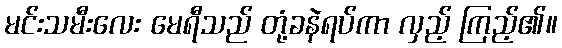
မင်းသမီးလေး မေရီသည် တုံ့ခနဲရပ်ကာ လှည့် ကြည့်၏။